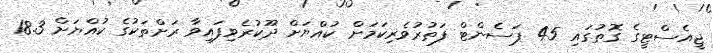
ޖީއެސްޓީގެ ގޮތުގައި 45 ޕަސެންޓް ފަތުރުވެރިކަމަށް ކުއްޔަށް ދޫކުރެވިފައިވާ ރަށްތަކުގެ ކުއްޔަށް 18.3